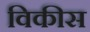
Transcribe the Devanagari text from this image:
विकीस